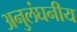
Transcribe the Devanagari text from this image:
अनुलंघनीय